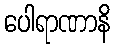
ပေါရာဏာနိ